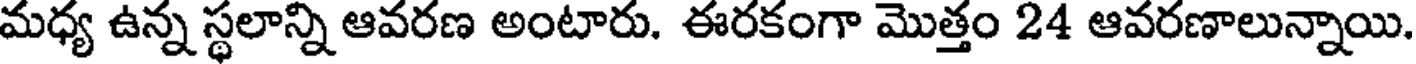
మధ్య ఉన్న స్థలాన్ని ఆవరణ అంటారు. ఈరకంగా మొత్తం 24 ఆవరణాలున్నాయి.